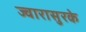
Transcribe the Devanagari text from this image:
ज्वारासुरके